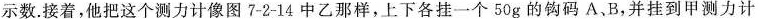
示数。接着，他把这个测力计像图7-2-14中乙那样，上下各挂一个50g的钩码A、B，并挂到甲测力计